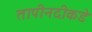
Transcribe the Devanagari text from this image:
तापीनदीकडे